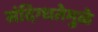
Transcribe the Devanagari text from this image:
संदिग्धतेमुळे